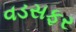
વડસફર